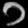
Digit: ၁